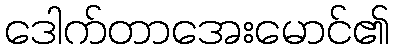
ဒေါက်တာအေးမောင်၏